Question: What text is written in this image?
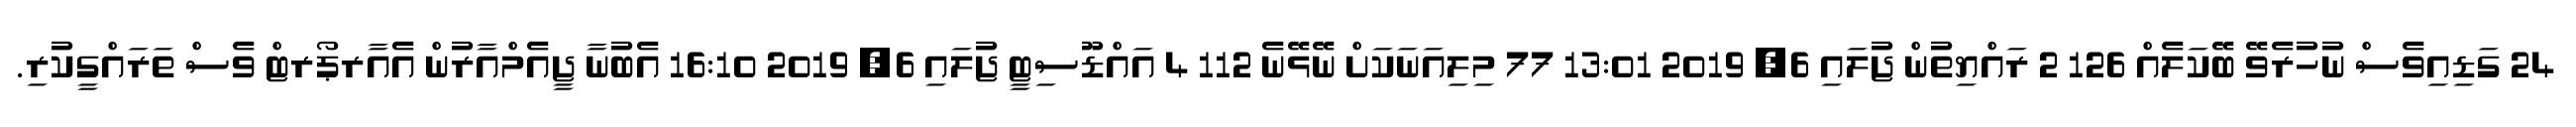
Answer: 24 ގަޑިއިވެސް ނުހުރެވޭ ބޭކަލެއް 126 2 ރައްޔިތުން ޖުލައި 6, 2019 13:01 77 މިލިއަނަކަށް ނޭޅޭނެ 112 4 އައްޑޫސިޓީ ޖުލައި 6, 2019 16:10 އެބުނާ ޖީއެމްއާރުން އެއާރޕޯރޓް ވެސް ތަރައްގީކުރި.